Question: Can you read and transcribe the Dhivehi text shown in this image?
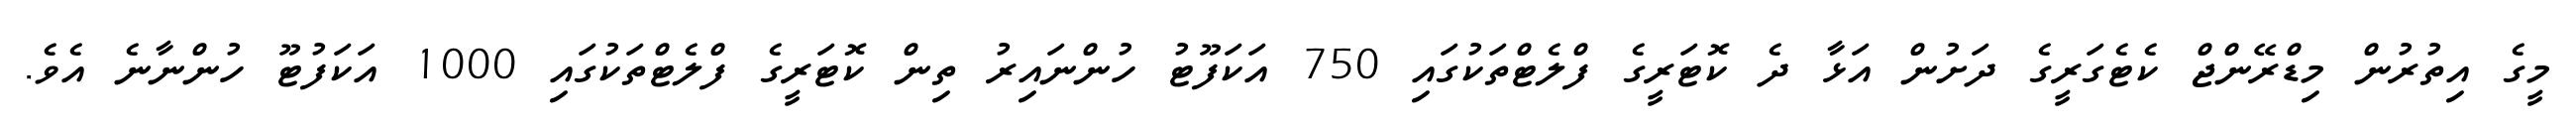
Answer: މީގެ އިތުރުން މިޑްރޭންޖް ކެޓެގަރީގެ ދަށުން އަޅާ ދެ ކޮޓަރީގެ ފްލެޓްތަކުގައި 750 އަކަފޫޓު ހުންނައިރު ތިން ކޮޓަރީގެ ފްލެޓްތަކުގައި 1000 އަކަފުޓޫ ހުންނާނެ އެވެ.